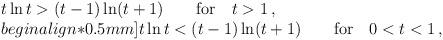
LaTeX: \begin{align*}\begin{array}{l} t \ln t > (t-1)\ln(t+1) \qquad {\rm for} \quad t>1 \,, \\begin{align*}0.5mm] t \ln t < (t-1)\ln(t+1) \qquad {\rm for} \quad 0<t<1 \,,\end{array}\end{align*}